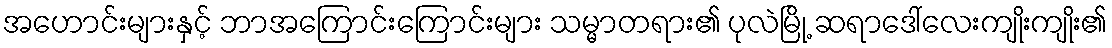
အဟောင်းများနှင့် ဘာအကြောင်းကြောင်းများ သမ္မာတရား၏ ပုလဲမြို့ ဆရာဒေါ်လေးကျိုးကျိုး၏